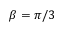
\beta = \pi / 3